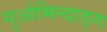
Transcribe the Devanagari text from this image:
गुओमिन्दाङ्ग